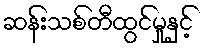
ဆန်းသစ်တီထွင်မှုနှင့်